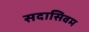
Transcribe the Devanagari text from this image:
सदासिवम